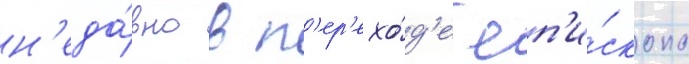
н'еда́вно в п'ер'ехо́д'е еп'и́скопа